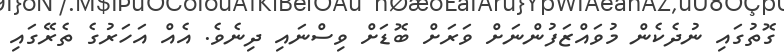
ގޮތުގައި ނުދެކެން މުވައްޒަފުންނަށް ވަރަށް ބޮޑަށް ވިސްނައި ދިނެވެ. އެއް އަހަރުގެ ތެރޭގައި